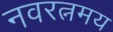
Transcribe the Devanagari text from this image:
नवरत्नमय